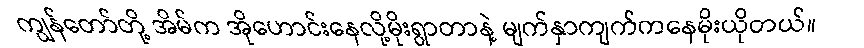
ကျွန်တော်တို့ အိမ်က အိုဟောင်းနေလို့မိုးရွာတာနဲ့ မျက်နှာကျက်ကနေမိုးယိုတယ်။